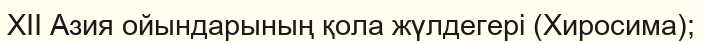
XII Азия ойындарының қола жүлдегері (Хиросима);